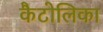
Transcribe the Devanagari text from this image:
कैटोलिका